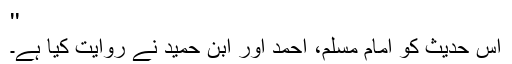
''
اِس حدیث کو امام مسلم، احمد اور ابن حمید نے روایت کیا ہے۔